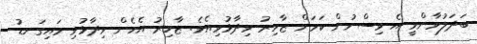
ބަދަލުވާންވީ އެ ވިސްނުން ކަމަށް ޒާހިރު ވިދާޅުވިއެވެ. ޒާހިރު އެހެން ވިދާޅުވި މައިގަނޑު